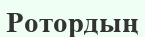
Ротордың